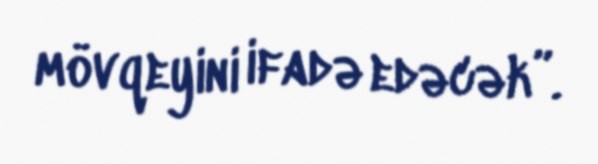
mövqeyini ifadə edəcək”.